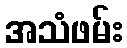
အသံဖမ်း